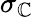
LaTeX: \sigma_{\mathbb{C}}